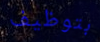
بتوظيف